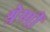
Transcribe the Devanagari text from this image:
श्रेणीं